Annual report of the Bengal Veterinary College and of the Civil Veterinary Department, Bengal, for the year 1913-1914 - 1913-1914
Year: 1913
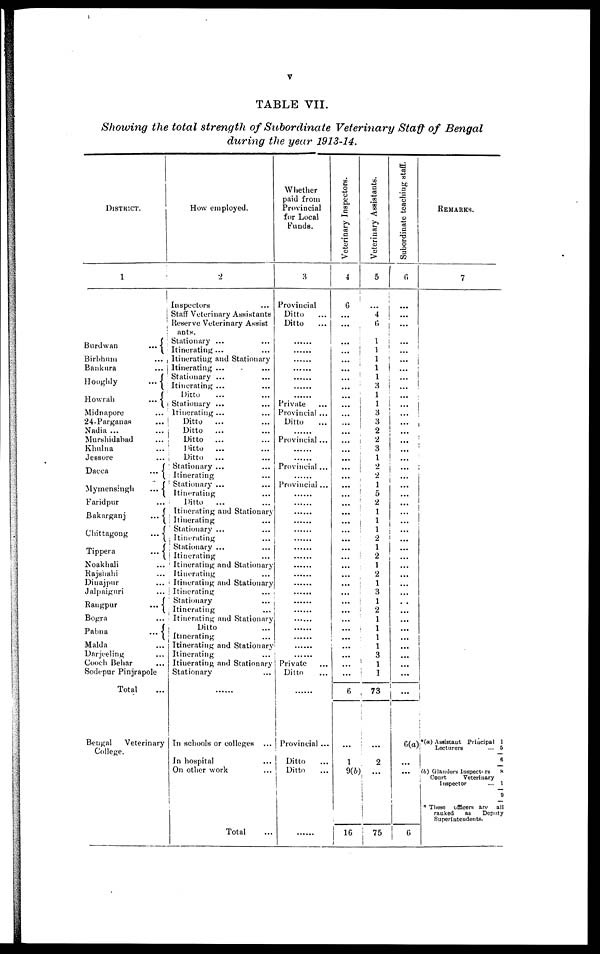
V
TABLE
VII.
Showing the total strength of Subordinate Veterinary Staff of Bengal
during the year 1913-14.
DISTRICT.
1
!
Burdwan ...
Birbhum
...
Bankura
...
Hooghly
...
Howrah
...
Midnapore ...
24-Parganas ...
Nadia ... ...
Murshidabad ...
Khulna ...
Jessore ...
Dacca
...
Mymensingh
...
Faridpur ...
Bakarganj
...
Chittagong
...
Tippera
...
Noakhali ...
Rajshahi ...
Dinajpur ...
Jalpaiguri ...
Rangpur
...
Bogra ...
Pabna
...
Malda ...
Darjeeling ...
Coach Behar ...
Sodepur Pinjrapole
Total ...
Bengal
Veterinary
College.
How employed.
2
Inspectors ...
Staff Veterinary Assistants
Reserve Veterinary Assist
ants.
Stationary ... ...
Itinerating ... ...
Itinerating and Stationary
Itinerating ... ...
Stationary ... ...
Itinerating ... ...
Ditto ... ...
Stationary ... ...
Itinerating ... ...
Ditto
... ...
Ditto ... ...
Ditto
... ...
Ditto
... ...
Ditto ... ...
Stationary ... ...
Itinerating ...
Stationary ... ...
Itinerating ...
Ditto
... ...
Itinerating and Stationary
Itinerating ...
Stationary ... ...
Itinerating ...
Stationary ... ...
Itinerating ...
Itinerating and Stationary
Itinerating ...
Itinerating and Stationary
Itinerating ...
Stationary ...
Itinerating ...
Itinerating and Stationary
Ditto ...
Itinerating ...
Itinerating and Stationary
Itinerating ...
Itinerating and Stationary
Stationary ...
......
In schools or colleges ...
In hospital
On other work
Total ...
Whether
paid from
Provincial
for Local
Funds.
3
Provincial
Ditto ...
Ditto ...
......
......
......
......
..........
Private ...
Provincial ...
Ditto ...
......
Provincial ...
......
......
Provincial ...
.........
Provincial ...
......
.....
.........
.......
.......
.........
......
....
.....
......
.....
......
Private ...
Ditto ...
......
Provincial ...
Ditto ...
Ditto ...
......
Veterinary Inspectors.
4
6
...
...
...
...
...
...
...
...
...
...
...
...
...
...
...
...
...
...
...
...
...
...
...
...
...
...
...
...
...
...
6
1
Veterinary Assistants.
5
...
4
6
...
1
1
1
1
1
1
1
1 3
3
2
2
3
1
2
2
1
5 2
1
2
1
2 1
2
1
2
1
3
1
2 1
1
1
1
3
1
1
73
2
9(b)
...
16
75
Subordinate teaching staff.
6
...
...
...
...
...
...
...
...
... ...
...
...
...
...
...
...
...
... ...
...
...
...
... ...
...
...
...
...
...
...
...
... ...
...
...
...
...
...
...
...
...
6
REMARKS.
7
(a) Assistant Principal 1
Lecturers
...
6
(b) Glanders Inspectors 8
Court
Veterinary
Inspector
...
* These officers are all
ranked
as
Deputy
Superintendents.